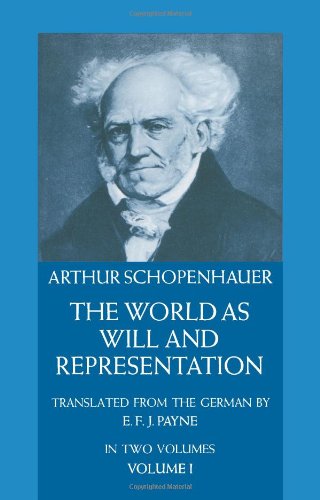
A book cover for The World as Will and Representation, Vol. 1; Arthur Schopenhauer; Politics & Social Sciences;